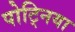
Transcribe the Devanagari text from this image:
पोट्निया